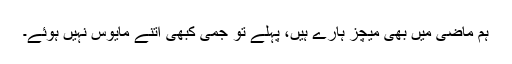
ہم ماضی میں بھی میچز ہارے ہیں، پہلے تو جمی کبھی اتنے مایوس نہیں ہوئے۔